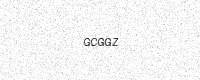
Text: GCGGZ